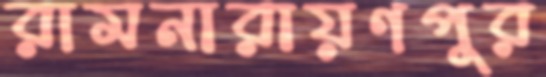
রামনারায়ণপুর